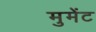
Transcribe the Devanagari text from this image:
मुमेंट